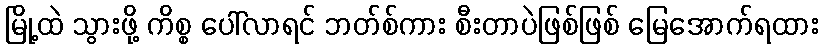
မြို့ထဲ သွားဖို့ ကိစ္စ ပေါ်လာရင် ဘတ်စ်ကား စီးတာပဲဖြစ်ဖြစ် မြေအောက်ရထား